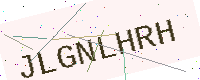
Text: JLGNLHRH